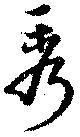
秀